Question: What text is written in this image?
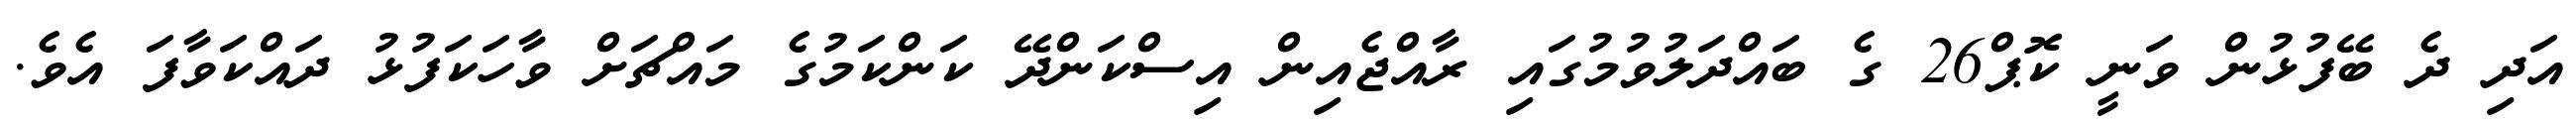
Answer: އަދި ދެ ބޭފުޅުން ވަނީ ކޮޕް26 ގެ ބައްދަލުވުމުގައި ރާއްޖެއިން އިސްކަންދޭ ކަންކަމުގެ މައްޗަށް ވާހަކަފުޅު ދައްކަވާފަ އެވެ.